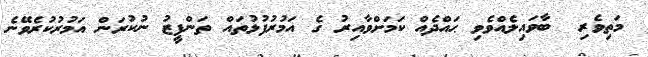
މަތިވެރި  ބާވައިލެއްވެވި ޙައްދެއް ކަމަށްވާއިރު ގެ އަމުރުފުޅުތައް ތަންފީޒު ނުކުރަން އަމުރުކުރެވޭނެ